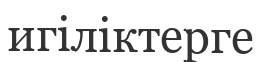
игіліктерге